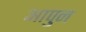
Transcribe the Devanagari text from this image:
आपुन